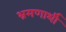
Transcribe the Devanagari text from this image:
भ्रमणार्थी